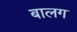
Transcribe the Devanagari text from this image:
बालग